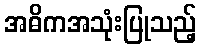
အဓိကအသုံးပြုသည့်